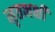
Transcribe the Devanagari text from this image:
मृतभक्षी